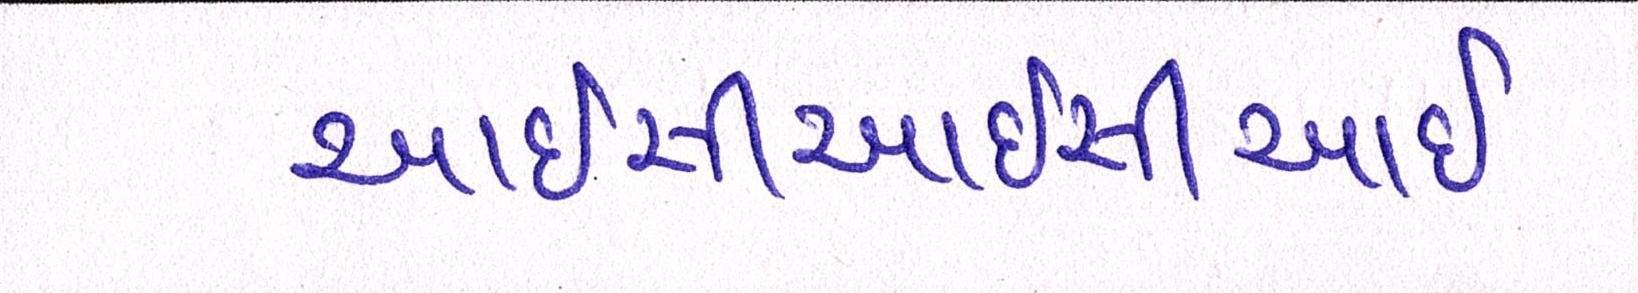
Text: આઈસીઆઈસીઆઈ